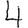
Digit: 4